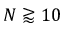
N \gtrapprox 1 0